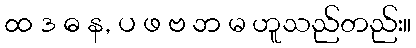
ထ ဒ ဓ န, ပ ဖ ဗ ဘ မ ဟူသည်တည်း။